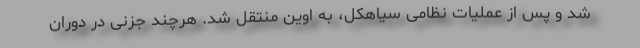
شد و پس از عملیات نظامی سیاهکل، به اوین منتقل شد. هرچند جزنی در دوران